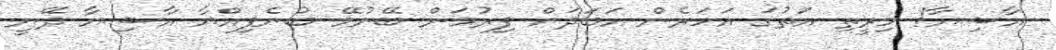
އާޝިޔާ! މިރީތި އަތުގަ އަހަރެން އަބަދަށް ފިރުމަން ބޭނުމޭ ބުނެފިއްޔާ އާޝިޔާ ދޭނީ